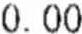
0.00